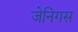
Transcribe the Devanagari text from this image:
जेनिंगस